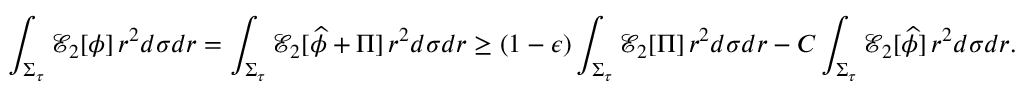
\int _ { \Sigma _ { \tau } } \mathcal { E } _ { 2 } [ \phi ] \, r ^ { 2 } d \sigma d r = \int _ { \Sigma _ { \tau } } \mathcal { E } _ { 2 } [ \widehat { \phi } + \Pi ] \, r ^ { 2 } d \sigma d r \geq ( 1 - \epsilon ) \int _ { \Sigma _ { \tau } } \mathcal { E } _ { 2 } [ \Pi ] \, r ^ { 2 } d \sigma d r - C \int _ { \Sigma _ { \tau } } \mathcal { E } _ { 2 } [ \widehat { \phi } ] \, r ^ { 2 } d \sigma d r .